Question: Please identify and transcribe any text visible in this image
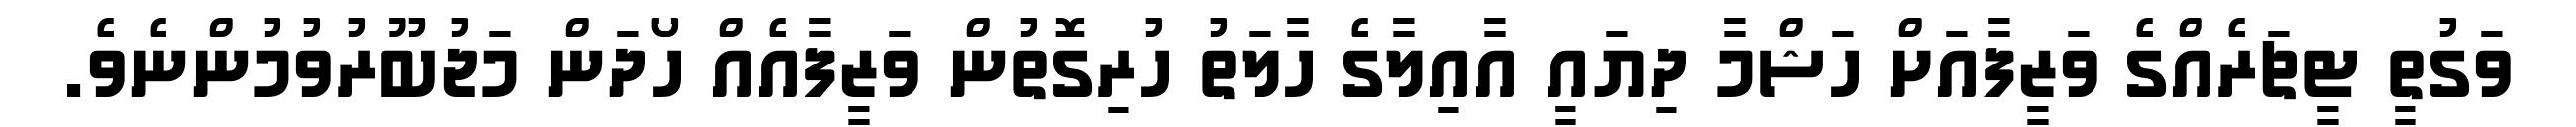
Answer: ވަގުތީ ޓީޗަރެއްގެ ވަޒީފާއަށް ހަޝްމާ ދިޔައީ އާއިލާގެ ހާލަތު ހުރިގޮތުން ވަޒީފާއެއް ހޯދަން މަޖުބޫރުވުމުންނެވެ.